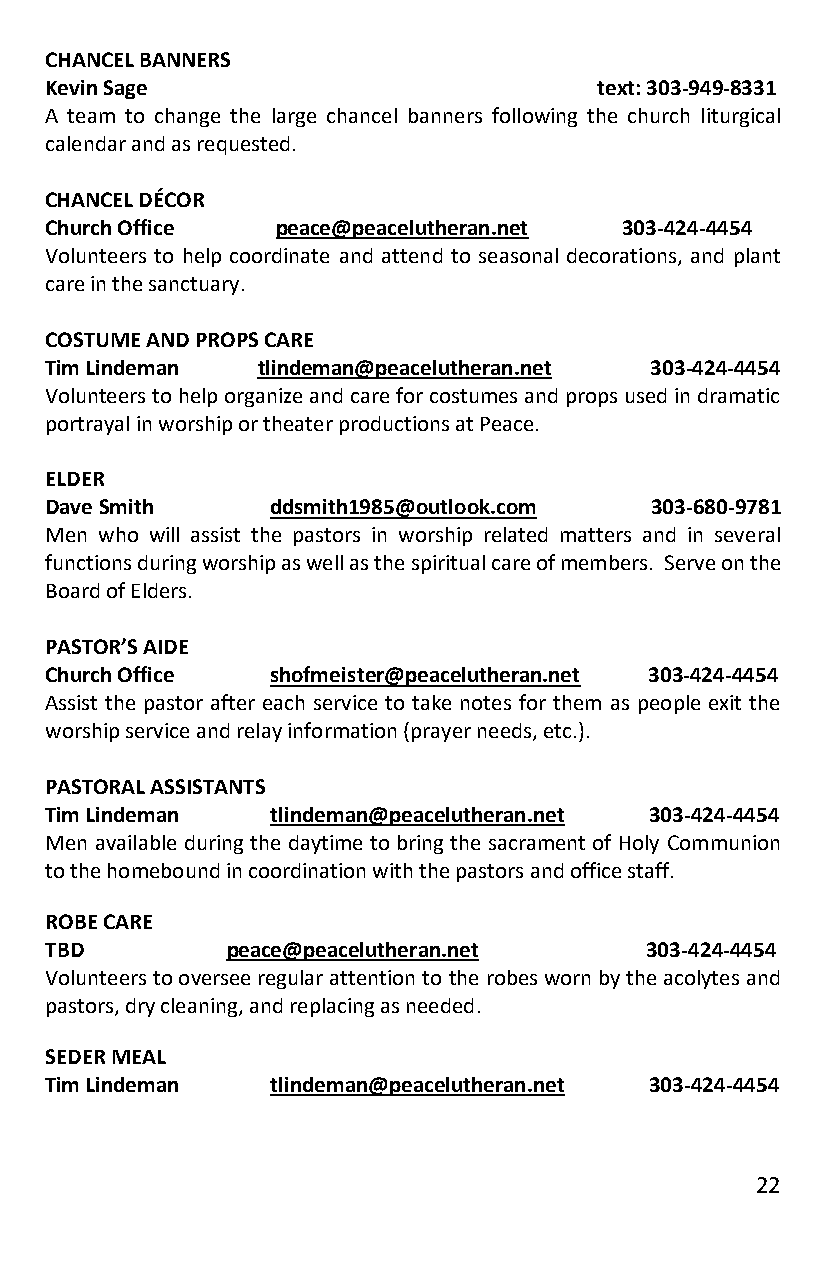
CHANCEL BANNERS
 Kevin Sage                          text: 303-949-8331
 A team to change the large chancel banners following the church liturgical
 calendar and as requested.
 CHANCEL DÉCOR
 Church Office  peace@peacelutheran.net 303-424-4454
 Volunteers to help coordinate and attend to seasonal decorations, and plant
 care in the sanctuary.
 COSTUME AND PROPS CARE
 Tim Lindeman  tlindeman@peacelutheran.net 303-424-4454
 Volunteers to help organize and care for costumes and props used in dramatic
 portrayal in worship or theater productions at Peace.
 ELDER
 Dave Smith     ddsmith1985@outlook.com  303-680-9781
 Men who will assist the pastors in worship related matters and in several
 functions during worship as well as the spiritual care of members. Serve on the
 Board of Elders.
 PASTOR’S AIDE
 Church Office  shofmeister@peacelutheran.net 303-424-4454
 Assist the pastor after each service to take notes for them as people exit the
 worship service and relay information (prayer needs, etc.).
 PASTORAL ASSISTANTS
 Tim Lindeman   tlindeman@peacelutheran.net 303-424-4454
 Men available during the daytime to bring the sacrament of Holy Communion
 to the homebound in coordination with the pastors and office staff.
 ROBE CARE
 TBD         peace@peacelutheran.net     303-424-4454
 Volunteers to oversee regular attention to the robes worn by the acolytes and
 pastors, dry cleaning, and replacing as needed.
 SEDER MEAL
 Tim Lindeman   tlindeman@peacelutheran.net 303-424-4454
 22